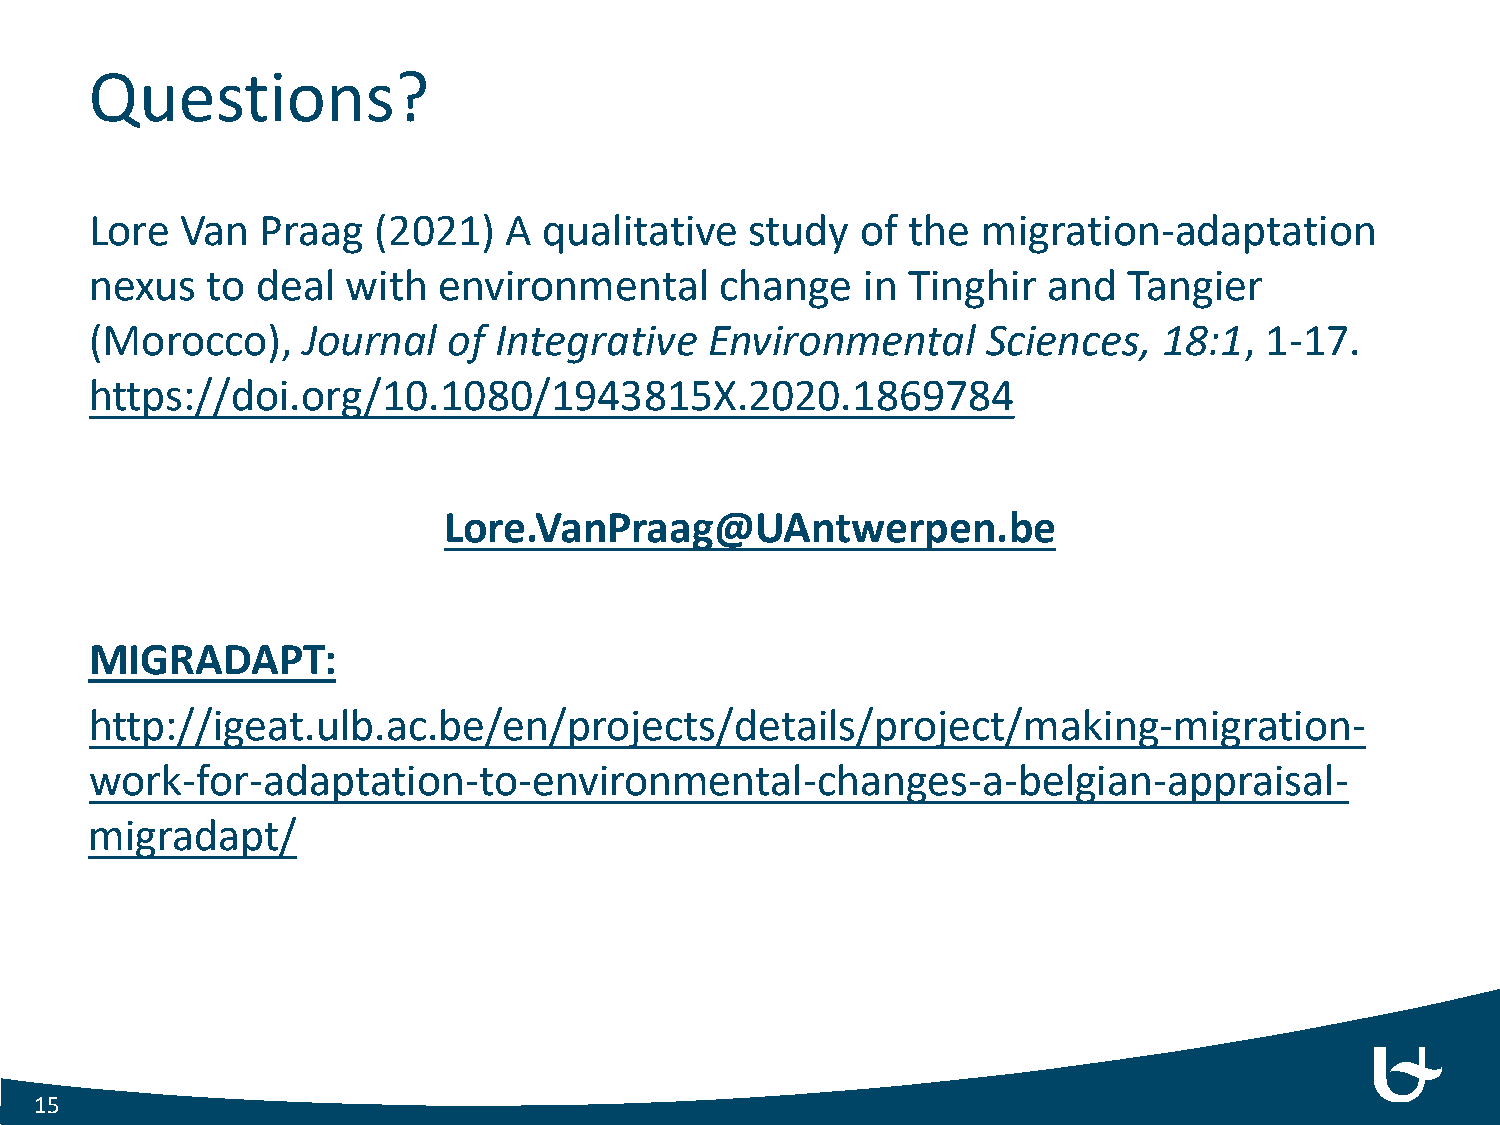
Questions?
 Lore  Van  Praag   (2021)  A  qualitative   study  of the  migration-adaptation
 nexus   to deal  with  environmental      change   in Tinghir  and   Tangier
 (Morocco),    Journal   of Integrative   Environmental     Sciences,   18:1,  1-17.
 https://doi.org/10.1080/1943815X.2020.1869784
 Lore.VanPraag@UAntwerpen.be
 MIGRADAPT:
 http://igeat.ulb.ac.be/en/projects/details/project/making-migration-
 work-for-adaptation-to-environmental-changes-a-belgian-appraisal-
 migradapt/
 15